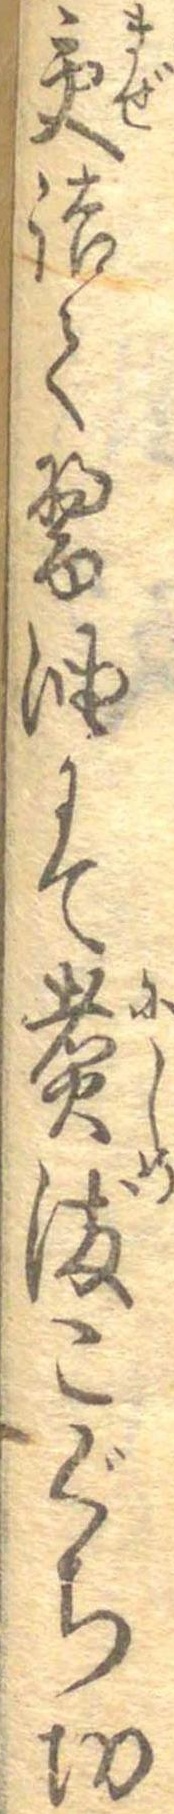
交詰て醤油にて煮染こぐち切